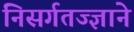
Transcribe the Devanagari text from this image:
निसर्गतज्‍ज्ञाने